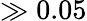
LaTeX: \gg 0.05